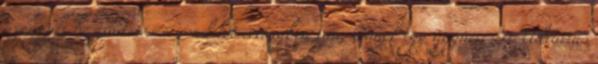
azonnali beszüntetésére rendelet érvényben van, Önnek egy úgynevezett Udvarias